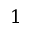
1